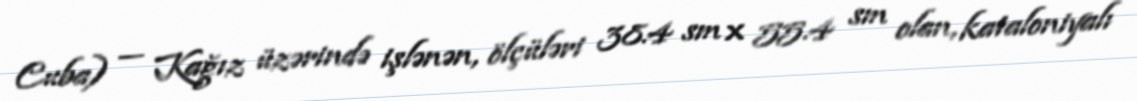
Cuba) — Kağız üzərində işlənən, ölçüləri 38.4 sm × 55.4 sm olan, kataloniyalı